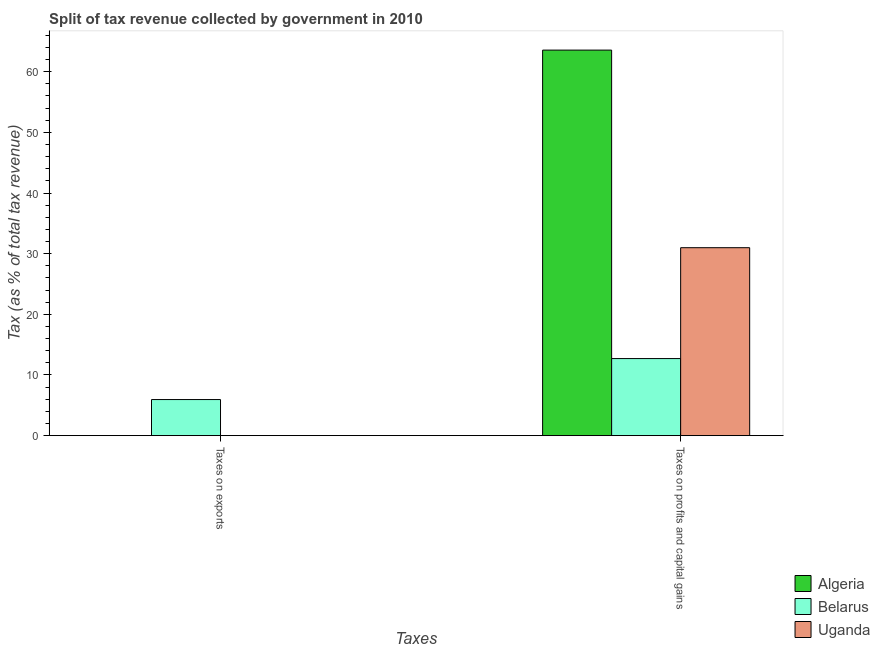
| Taxes | Algeria | Belarus | Uganda |
 | --- | --- | --- | --- |
 | Taxes on exports | 0.000727 | 5.95 | 0.0029 |
 | Taxes on profits and capital gains | 63.6 | 12.7 | 31 |